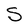
Character: S